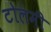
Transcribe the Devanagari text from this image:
टोलमी